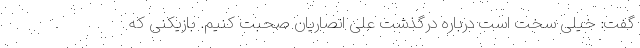
گفت: خیلی سخت است درباره درگذشت علی انصاریان صحبت کنیم. بازیکنی که